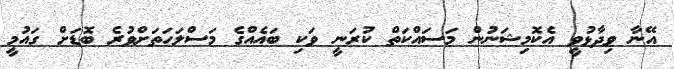
އޭނާ ވިދާޅުވީ އެކޮމިޝަނުން މަސައްކަތް ކުރަނީ ވަކި ބައެއްގެ މަސްލަހަތަށްވުރެ ބޮޑަށް ގައުމީ